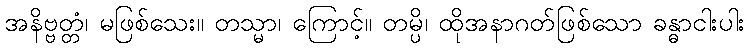
အနိဗ္ဗတ္တံ၊ မဖြစ်သေး။ တသ္မာ၊ ကြောင့်။ တမ္ပိ၊ ထိုအနာဂတ်ဖြစ်သော ခန္ဓာငါးပါး